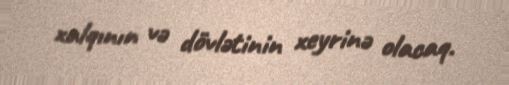
xalqının və dövlətinin xeyrinə olacaq.